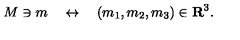
M \ni m \quad \leftrightarrow \quad ( m _ { 1 } , m _ { 2 } , m _ { 3 } ) \in { \bf R } ^ { 3 } .